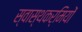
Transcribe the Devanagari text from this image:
स्वास्थकर्मियों